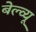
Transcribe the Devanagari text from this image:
बेल्व्यू